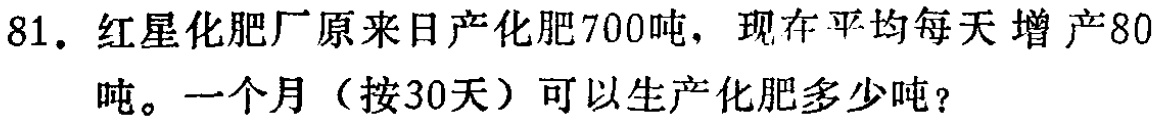
81. 红星化肥厂原来日产化肥700吨，现在平均每天增产80吨。一个月（按30天）可以生产化肥多少吨？